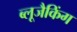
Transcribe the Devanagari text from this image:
ब्लूजैकिंग